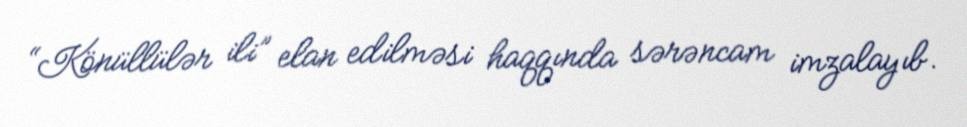
“Könüllülər ili” elan edilməsi haqqında sərəncam imzalayıb.